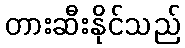
တားဆီးနိုင်သည်